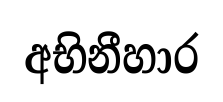
අභිනීහාර